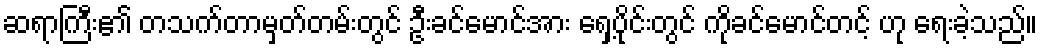
ဆရာကြီး၏ တသက်တာမှတ်တမ်းတွင် ဦးခင်မောင်အား ရှေ့ပိုင်းတွင် ကိုခင်မောင်တင့် ဟု ရေးခဲ့သည်။